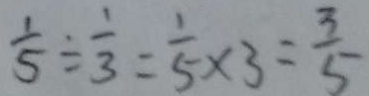
\frac { 1 } { 5 } \div \frac { 1 } { 3 } = \frac { 1 } { 5 } \times 3 = \frac { 3 } { 5 }